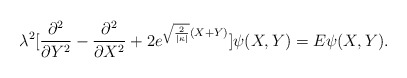
\begin{align*}\lambda ^{2} [\frac{\partial ^{2}}{\partial Y ^{2}} -\frac{\partial ^{2}}{\partial X^{2}} + 2 e^{\sqrt{\frac{2}{|\kappa |}}(X+Y)}] \psi (X,Y) = E \psi (X,Y) .\end{align*}